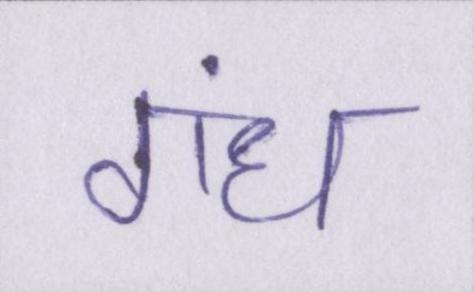
गंध